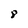
Character: 8